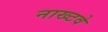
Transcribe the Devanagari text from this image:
नाख्टवे